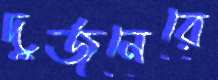
দুর্জনেরে